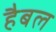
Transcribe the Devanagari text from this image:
हैबल